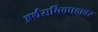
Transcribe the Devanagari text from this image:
अर्थसचिवपदावर